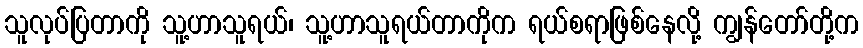
သူလုပ်ပြတာကို သူ့ဟာသူရယ်၊ သူ့ဟာသူရယ်တာကိုက ရယ်စရာဖြစ်နေလို့ ကျွန်တော်တို့က